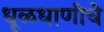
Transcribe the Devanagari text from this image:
धूळधाणीचे